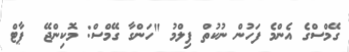
ގޭމްސްގެ އެންމެ ފަހުން ނުކުތް ފިލްމު "ހަންގާ ގޭމްސް: މޮކިންޖޭ  ޕާޓް